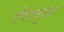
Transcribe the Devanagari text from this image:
एवैस्कुलर